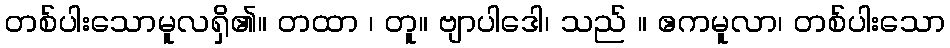
တစ်ပါးသောမူလရှိ၏။ တထာ ၊ တူ။ ဗျာပါဒေါ၊ သည် ။ ဧကမူလာ၊ တစ်ပါးသော